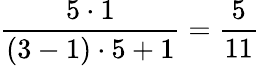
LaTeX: \frac{5\cdot 1}{(3-1)\cdot 5+1}=\frac{5}{11}